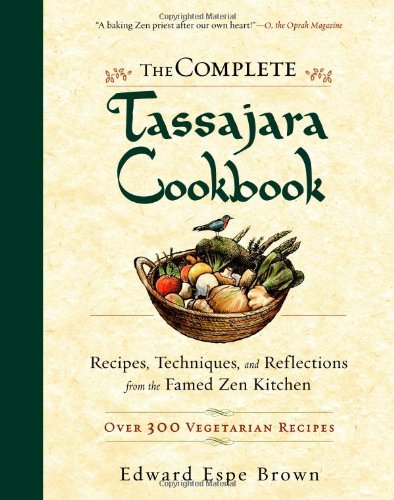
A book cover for The Complete Tassajara Cookbook: Recipes, Techniques, and Reflections from the Famed Zen Kitchen; Edward Espe Brown; Cookbooks, Food & Wine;